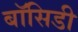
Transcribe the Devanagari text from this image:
बॉसिडी